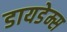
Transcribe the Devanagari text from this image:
डायडेम्स